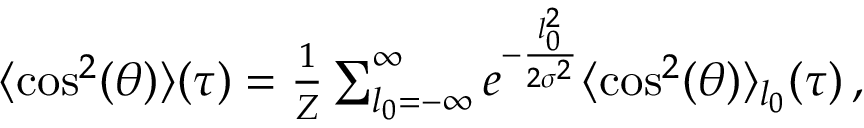
\begin{array} { r } { \langle \cos ^ { 2 } ( \theta ) \rangle ( \tau ) = \frac { 1 } { Z } \sum _ { l _ { 0 } = - \infty } ^ { \infty } e ^ { - \frac { l _ { 0 } ^ { 2 } } { 2 \sigma ^ { 2 } } } \langle \cos ^ { 2 } ( \theta ) \rangle _ { l _ { 0 } } ( \tau ) \, , } \end{array}